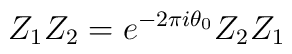
Z_{1}Z_{2} = e^{-2\pi i \theta_{0}} Z_{2} Z_{1}